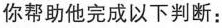
你帮助他完成以下判断：